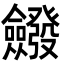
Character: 𭯆